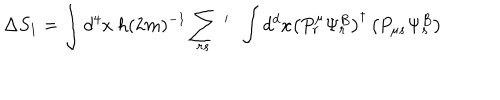
\Delta S _ { 1 } = \int d ^ { 4 } x ~ h ( 2 m ) ^ { - 1 } \sum _ { r s } ~ ^ { \prime } ~ ~ \int d ^ { d } x \left( P _ { r } ^ { \mu } \Psi _ { r } ^ { B } \right) ^ { \dagger } \left( P _ { \mu s } \Psi _ { s } ^ { B } \right)